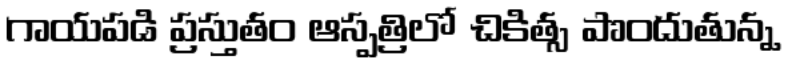
గాయపడి ప్రస్తుతం ఆస్పత్రిలో చికిత్స పొందుతున్న